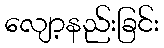
လျော့နည်းခြင်း